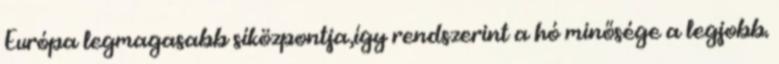
Európa legmagasabb síközpontja,így rendszerint a hó minősége a legjobb.